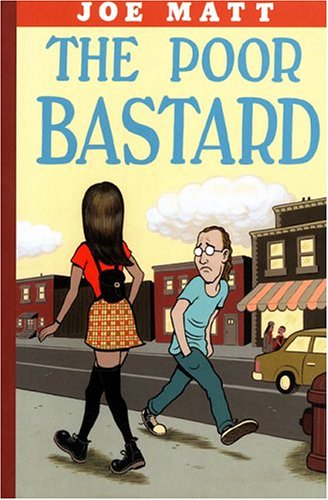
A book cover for The Poor Bastard; Joe Matt; Comics & Graphic Novels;